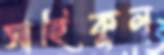
সাহিকুল